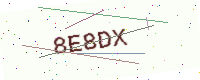
Text: 8E8DX